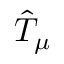
\hat { T } _ { \mu }